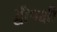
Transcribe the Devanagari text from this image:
द्वीपक्षी